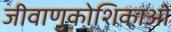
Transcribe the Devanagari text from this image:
जीवाणुकोशिकाओं